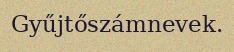
Gyűjtőszámnevek.